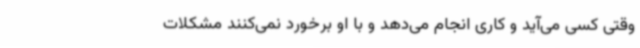
وقتی کسی می‌آید و کاری انجام می‌دهد و با او برخورد نمی‌کنند مشکلات